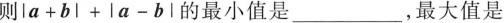
则$$\left | a + b \right | + \left | a - b \right |$$的最小值是___，最大值是